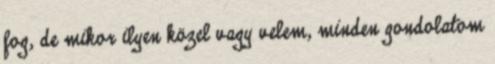
fog, de mikor ilyen közel vagy velem, minden gondolatom